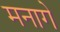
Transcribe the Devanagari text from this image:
मनागे